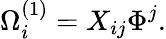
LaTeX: \Omega_{i}^{(1)}=X_{ij}\Phi^{j}.